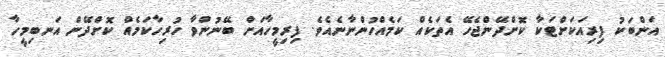
އަންބަކު ފިރިއަކަށްޓަކާ ކޮށްދޭންޖެހޭ އެތަކެއް ކަމެއްހުންނާނެއެވެ. ފިރިމީހާއަށް ބޭނުންވާ ހުރިހާކަމެއް ކޮށްދޭން އަނބިމީހާ